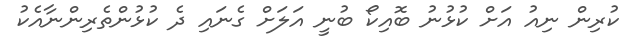
ކުރިން ނިއު އަށް ކުޅުނު ބޮއިކޯ ބުނީ އަލަށް ގެނައި ދެ ކުޅުންތެރިންނާއެކު